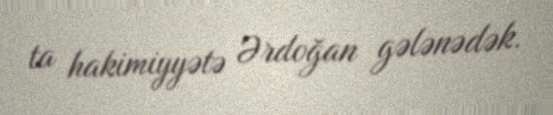
ta hakimiyyətə Ərdoğan gələnədək.